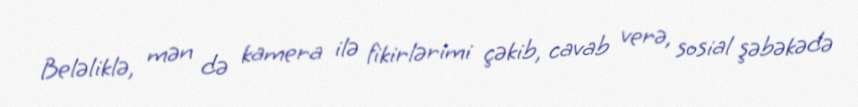
Beləliklə, mən də kamera ilə fikirlərimi çəkib, cavab verə, sosial şəbəkədə